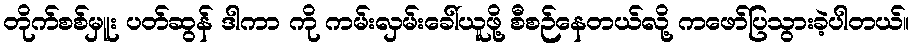
တိုက်စစ်မှူး ပတ်ဆွန် ဒါကာ ကို ကမ်းလှမ်းခေါ်ယူဖို့ စီစဉ်နေတယ်လို့ ကဖော်ပြသွားခဲ့ပါတယ်။